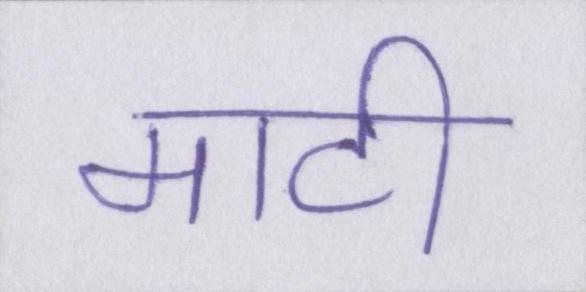
माटी